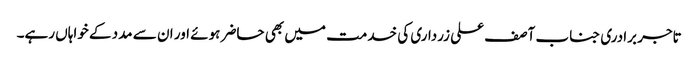
تاجر برادری جناب آصف علی زرداری کی خدمت میں بھی حاضر ہوئے اور ان سے مدد کے خواہاں رہے۔